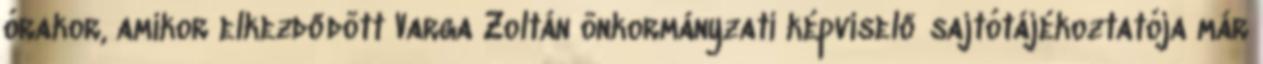
órakor, amikor elkezdődött Varga Zoltán önkormányzati képviselő sajtótájékoztatója már